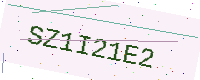
Text: SZ1I21E2